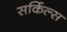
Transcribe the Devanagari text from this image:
सर्किल्स